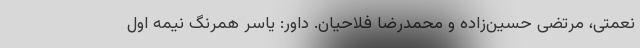
نعمتی، مرتضی حسین‌زاده و محمدرضا فلاحیان. داور: یاسر همرنگ نیمه اول